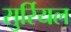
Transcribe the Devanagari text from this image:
सुर्रियल